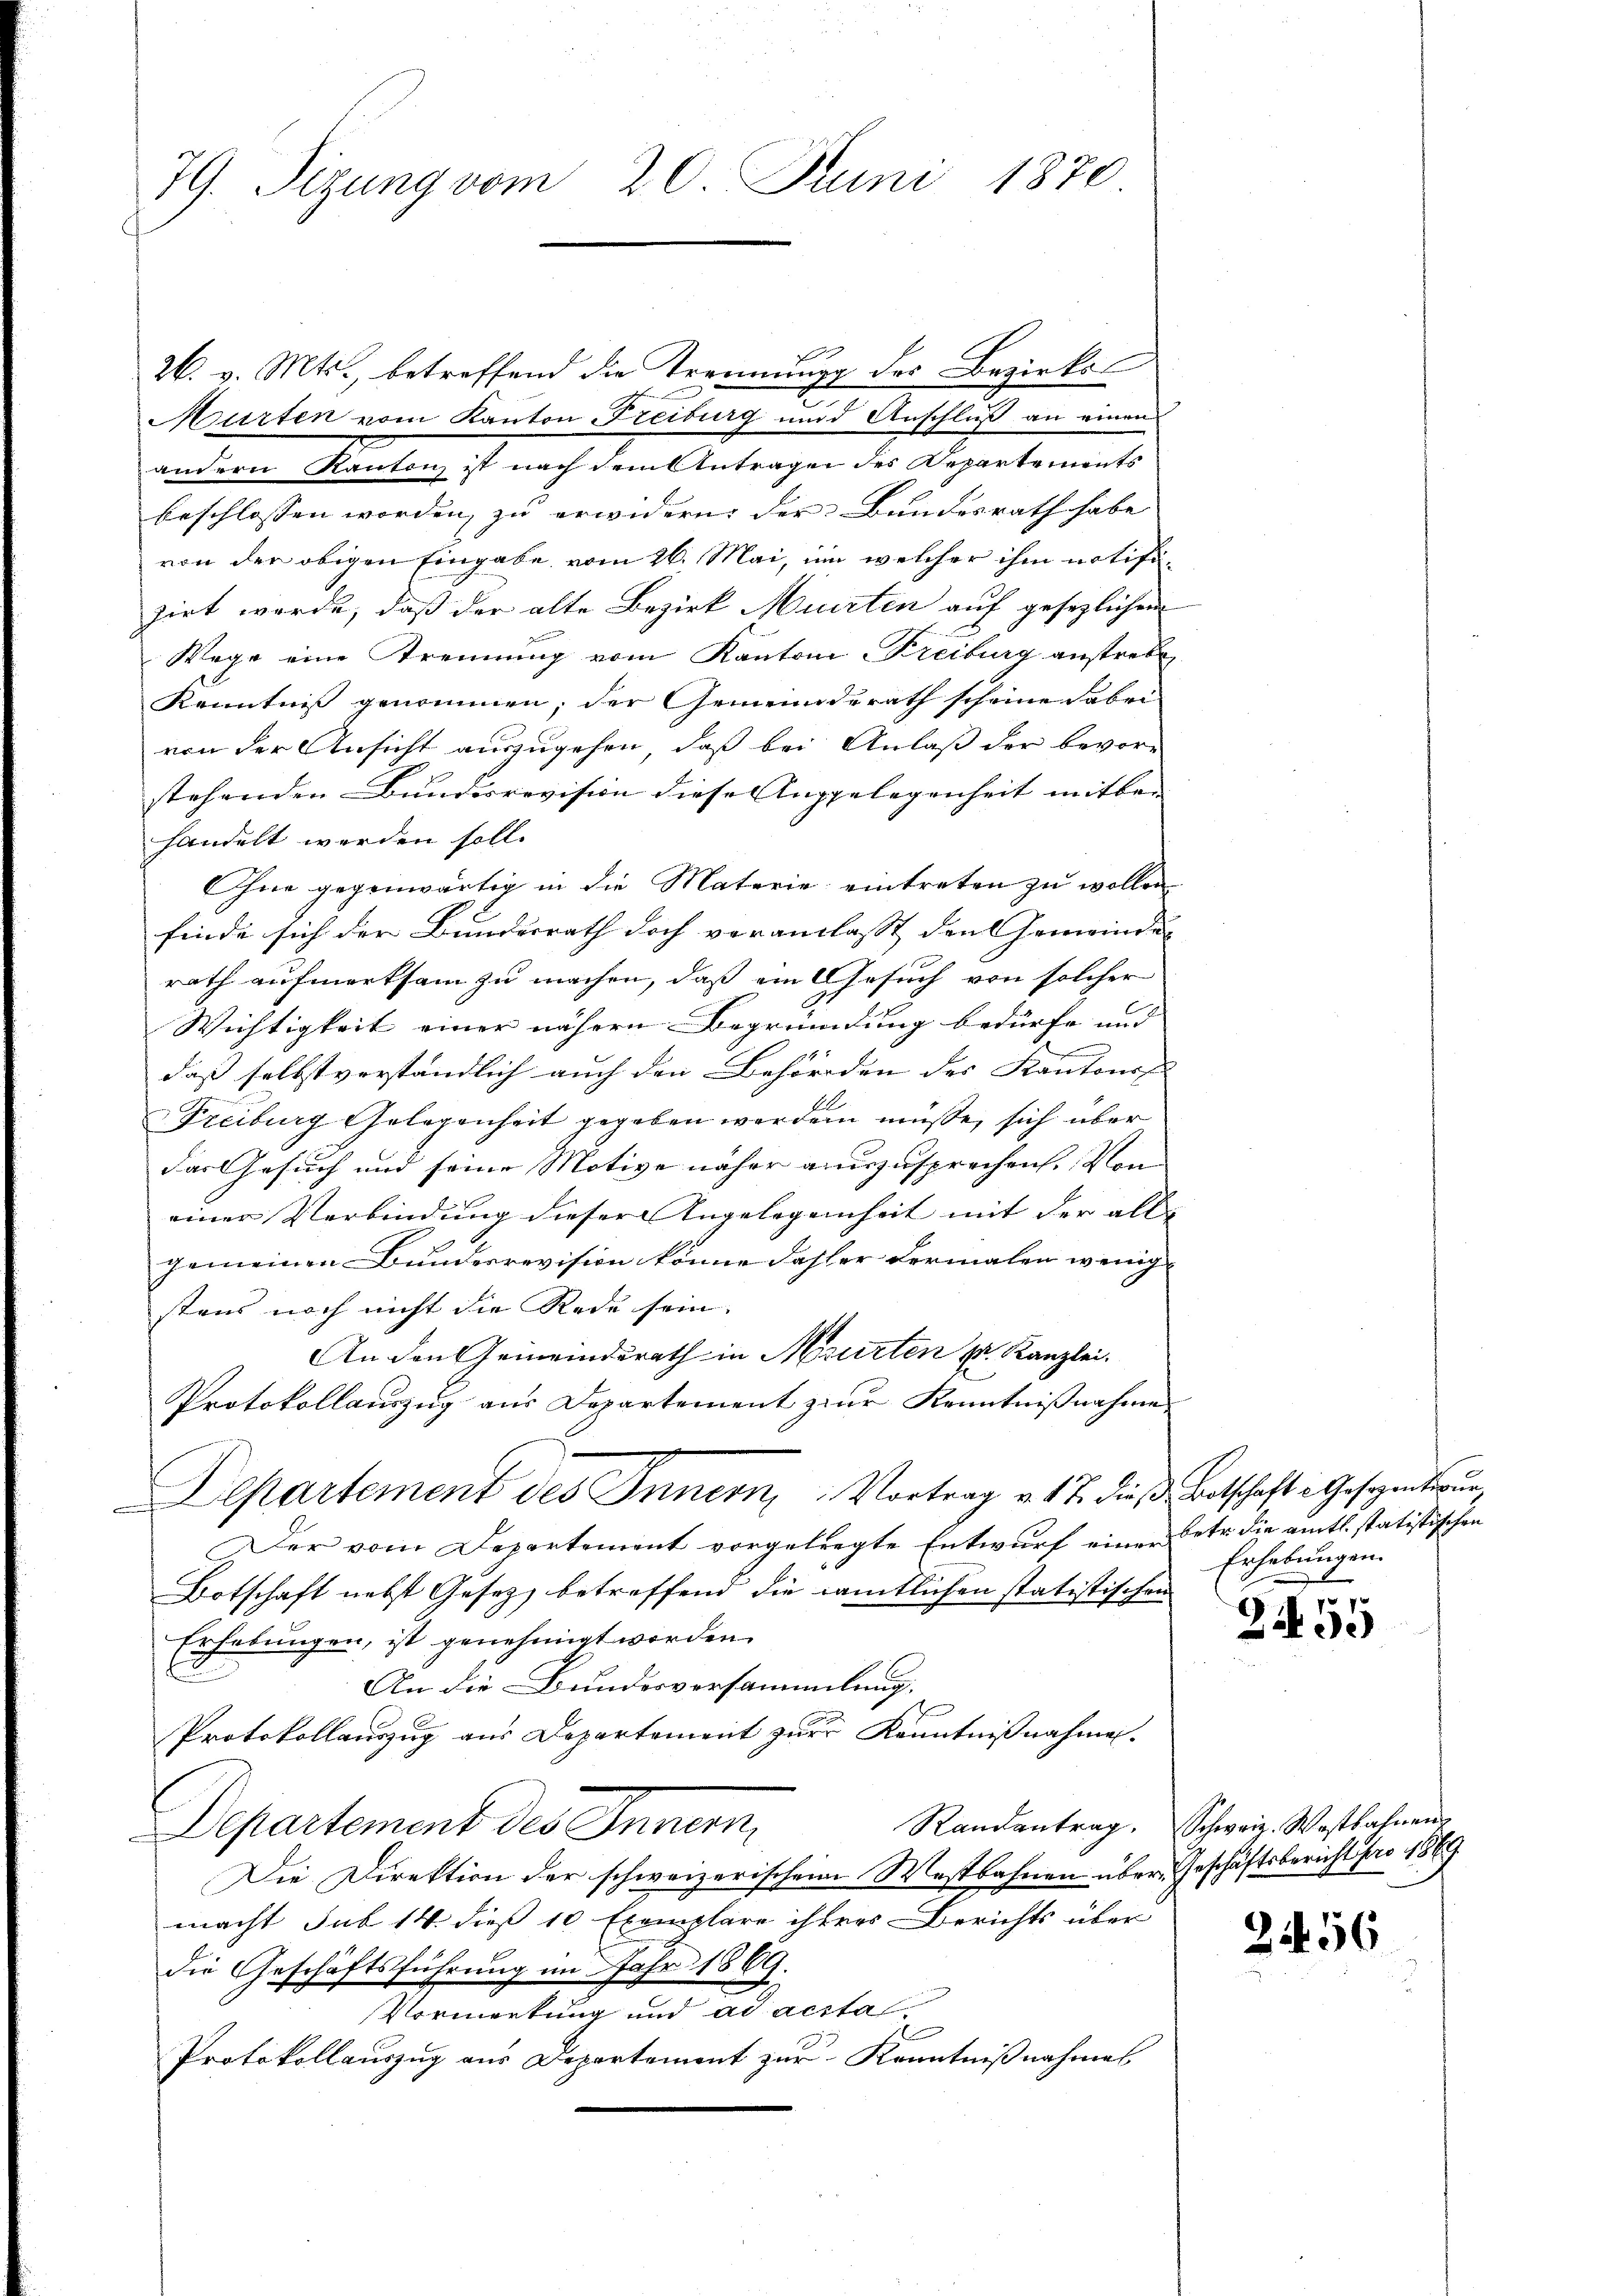
79. Sizung vom 20. Juni 1870

26. v. Mts., betreffend die Trennung des Bezirks-
.
Murten vom Kanton Freiburg und Anschluß an einen
andern Kanton ist nach dem Antragen des Departements
beschlossen worden zu erwidern der Bundesrath habe |
von der obigen Eingabe vom 26. Mai, um welcher ihm notifisirt werde, daß der alte Bezirk Murten auf gesezlichen
Wege eine Trennung vom Kanton Freiburg anstrebe
Kenntniß genommen; der Gemeinderath scheine dabei
von der Ansicht auszugehen, daß bei Anlaß der bevor-
stehenden Bundesrevision diese Angelegenheit mitbe- |
handelt werden soll.
Ohne gegenwärtig in die Materie eintreten zu wollen,
finde sich der Bundesrath doch veranlasst den Gemeinde- |
rath aufmerksam zu machen, daß ein Gesuch von solcher
Wichtigkeit einer nähern Begründung bedürfe und |
14
daß selbstverständlich auch den Behörden des Kantons |
Freiburg Gelegenheit gegeben werden müsse, sich über
das Gesuch und seine Motive näher auszusprechen. Von
einer Verbindung dieser Angelegenheit mit der all
gemeinen Bunderrevision könne dasser dermalen wenig-
stens noch nicht die Rede sein.
An den Gemeinderath in Murten Dr. Kanzlei.
Protokollauszug aus Departement zur Kenntnißnahme
Departement des Innern, Vortrag v. 17. dieß, Botschafte Gesezentwur
Der vom Departement vorgelregte Entwurf einer Letr die amtl. statistischen
Botschaft nebst Gesetz betreffend die sämtlichen statistischen
Erhebungen, ist genehmigt worden.
An die Bundesversammlung.
Protokollauszug aus Departement zur Kenntnißnahme.
Randantrag.
Departement des Innen,
Die Direktion der schweizerischen Westbahnen übermacht sub 14. dieß 10 Exemplare ihreres Berichts über
die Geschäftsführung im Jahr 1869.
Vormerkung und ad acstal
Protokollauszug aus Departement zur Kenntnißnahmes

Erhebungen.

2455

Schweiz. Wostbahnen
Geschäftsbericht pro 1869

2556